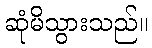
ဆုံမိသွားသည်။